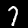
Digit: 7